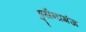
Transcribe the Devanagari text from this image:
हुसैनागंज